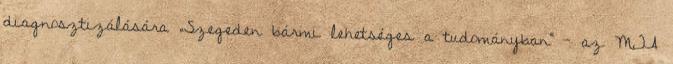
diagnosztizálására „Szegeden bármi lehetséges a tudományban” – az MTA